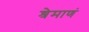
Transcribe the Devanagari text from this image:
श्रेमाणं